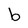
Character: b